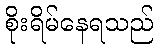
စိုးရိမ်နေရသည်